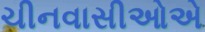
ચીનવાસીઓએ